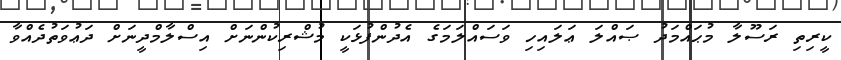
ކީރިތި ރަސޫލާ މުޙައްމަދު ޞައްލަ ޢަލައިހި ވަސައްލަމަގެ އެދުންފުޅަކީ މުޝްރިކުންނަށް އިސްލާމްދީނަށް ދަޢުވަތުދެއްވާ